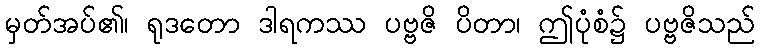
မှတ်အပ်၏၊ ရုဒတော ဒါရကဿ ပဗ္ဗဇိ ပိတာ၊ ဤပုံစံ၌ ပဗ္ဗဇိသည်